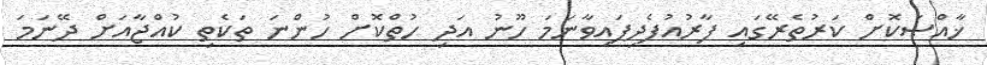
ޚާއްޞަކޮށް ކަރުތެރޭގައި ފާރުއުފެދިފައިވާނަމަ ހޫނު އަދި ހުތްކޮށް ހުންނަ ތަކެތި ކުއްޖާއަށް ދޭނަމަ